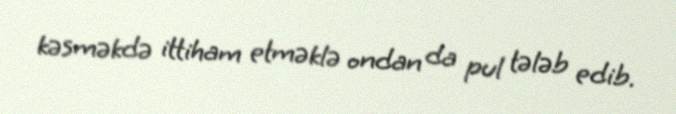
kəsməkdə ittiham etməklə ondan da pul tələb edib.